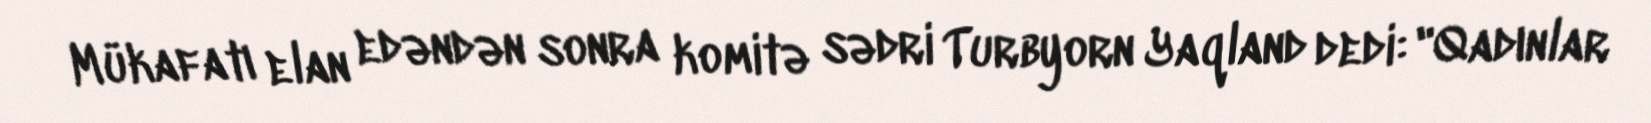
Mükafatı elan edəndən sonra komitə sədri Turbyorn Yaqland dedi: "Qadınlar